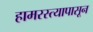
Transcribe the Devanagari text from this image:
हामरस्त्यापासून